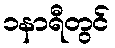
၁နာရီတွင်